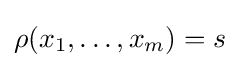
\rho (x_{1},\ldots ,x_{m})=s